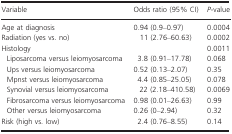
<table><thead><tr><td><b>Variable</b></td><td><b>Odds ratio (95% CI)</b></td><td><b><i>P</i>-value</b></td></tr></thead><tbody><tr><td>Age at diagnosis</td><td>0.94 (0.9–0.97)</td><td>0.0004</td></tr><tr><td>Radiation (yes vs. no)</td><td>11 (2.76–60.63)</td><td>0.0002</td></tr><tr><td>Histology</td><td></td><td>0.0011</td></tr><tr><td> Liposarcoma versus leiomyosarcoma</td><td>3.8 (0.91–17.78)</td><td>0.068</td></tr><tr><td> Ups versus leiomyosarcoma</td><td>0.52 (0.13–2.07)</td><td>0.35</td></tr><tr><td> Mpnst versus leiomyosarcoma</td><td>4.4 (0.85–25.05)</td><td>0.078</td></tr><tr><td> Synovial versus leiomyosarcoma</td><td>22 (2.18–410.58)</td><td>0.0069</td></tr><tr><td> Fibrosarcoma versus leiomyosarcoma</td><td>0.98 (0.01–26.63)</td><td>0.99</td></tr><tr><td> Other versus leiomyosarcoma</td><td>0.26 (0–2.94)</td><td>0.32</td></tr><tr><td>Risk (high vs. low)</td><td>2.4 (0.76–8.55)</td><td>0.14</td></tr></tbody></table>